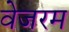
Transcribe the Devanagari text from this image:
वेजरम